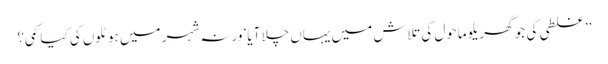
’’غلطی کی جو گھریلو ماحول کی تلاش میں یہاں چلا آیا‘ ورنہ شہر میں ہوٹلوں کی کیا کمی؟